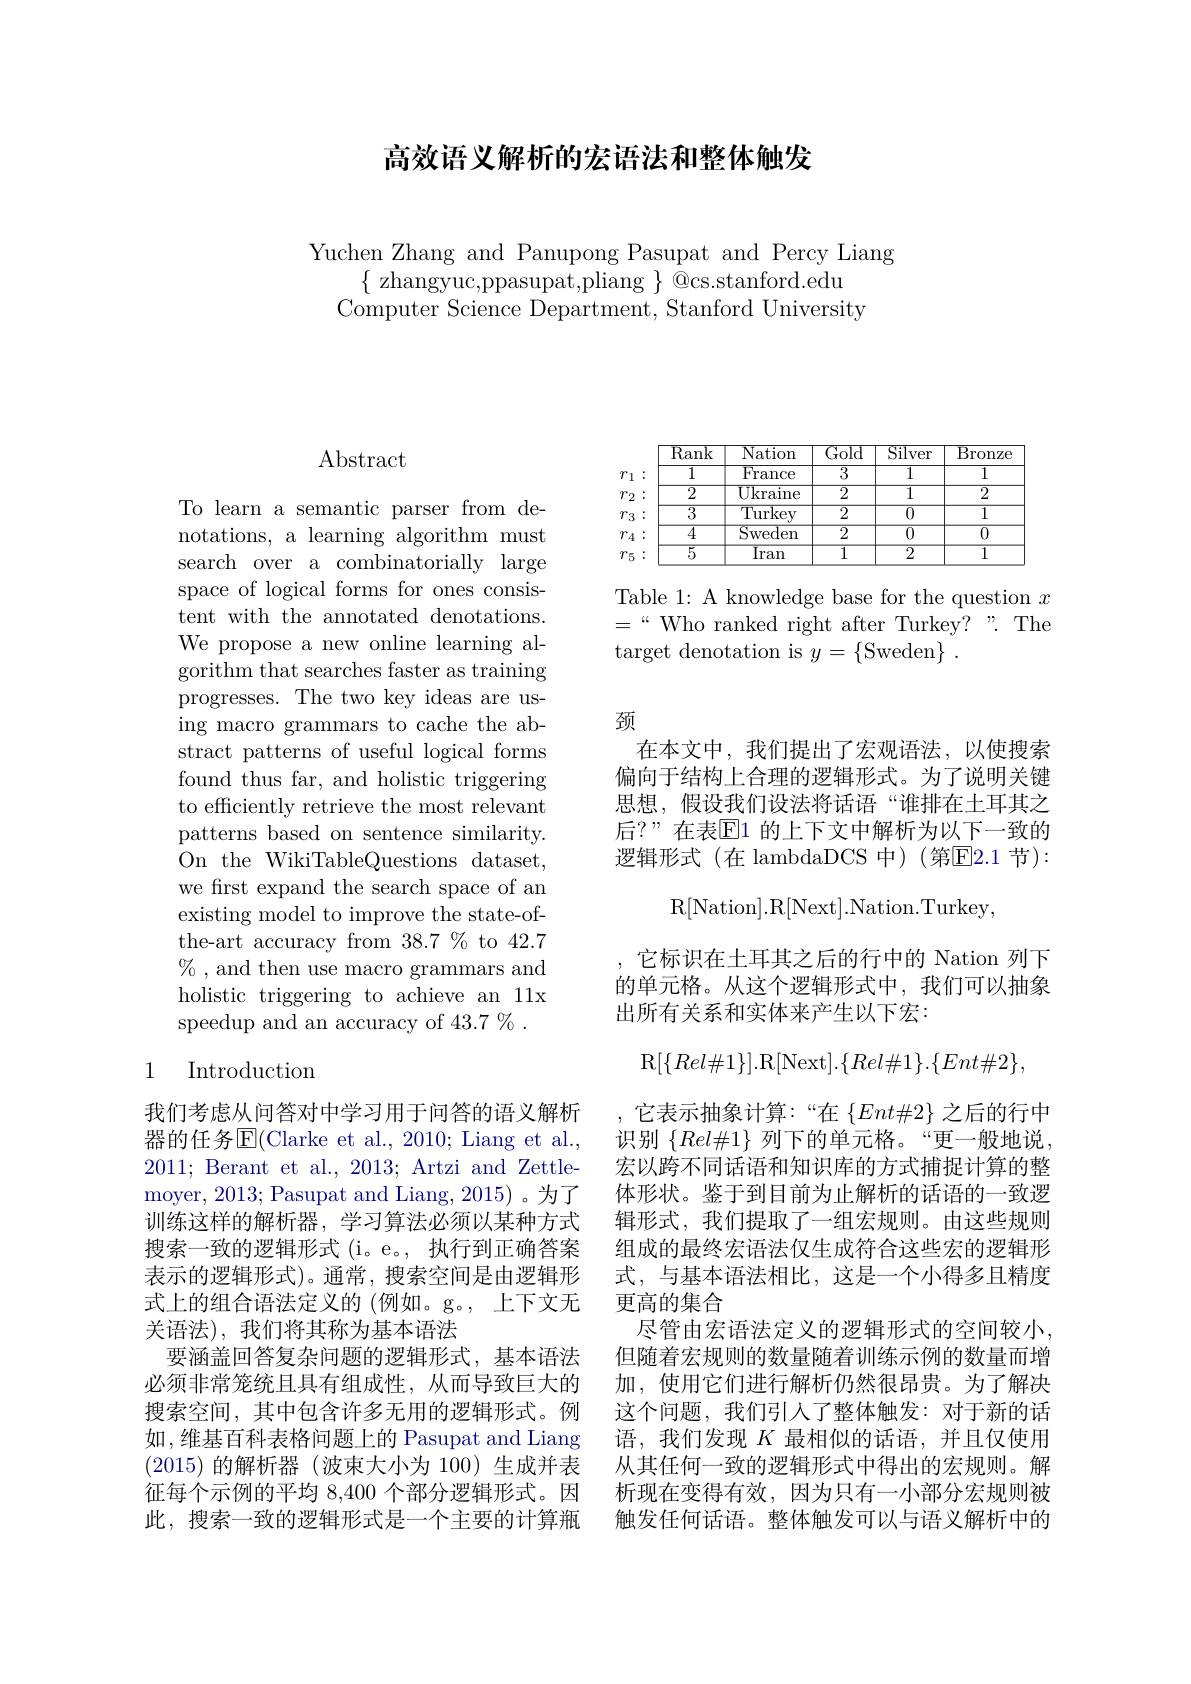
高效语义解析的宏语法和整体触发

Yuchen Zhang and Panupong Pasupat and Percy Liang
$\{$ zhangyuc,ppasupat,pliang $\}$ @cs.stanford.edu Computer Science Department, Stanford University

# Abstract

To learn a semantic parser from denotations, a learning algorithm must search over a combinatorially large space of logical forms for ones consistent with the annotated denotations. We propose a new online learning algorithm that searches faster as training progresses. The two key ideas are using macro grammars to cache the abstract patterns of useful logical forms found thus far, and holistic triggering to efficiently retrieve the most relevant patterns based on sentence similarity. On the WikiTableQuestions dataset, we first expand the search space of an existing model to improve the state-ofthe-art accuracy from 38.7% to 42.7 $\%$ , and then use macro grammars and holistic triggering to achieve an 11x speedup and an accuracy of 43.7 % .

## 1 Introduction

我们考虑从问答对中学习用于问答的语义解析器的任务$\overline{\mathrm{E}}($Clarke et al., 2010; Liang et al., 2011; Berant et al., 2013; Artzi and Zettle- ${\mathrm{moyer,~2013;~Pasupat~and~Liang,~2015)~。为了}}$ 训练这样的解析器，学习算法必须以某种方式搜索一致的逻辑形式( $i$。e。, 执行到正确答案表示的逻辑形式)。通常，搜索空间是由逻辑形式上的组合语法定义的(例如。g。, 上下文无关语法), 我们将其称为基本语法
要涵盖回答复杂问题的逻辑形式，基本语法必须非常笼统且具有组成性，从而导致巨大的搜索空间，其中包含许多无用的逻辑形式。例如，维基百科表格问题上的 Pasupat and Liang (2015)的解析器 (波束大小为 100)生成并表此，搜索一致的逻辑形式是一个主要的计算瓶

<table>
	<tbody>
		<tr>
			<th> </th>
			<th>$\overline{\mathrm{Ra}}$</th>
			<th>$\overline{{\mathrm{Nation}}}$</th>
			<th>$\overline{\mathrm{Gold}}$</th>
			<th>$\overline{\text{Silver}}$</th>
			<th>$\overline{{\mathrm{Bronze}}}$</th>
		</tr>
		<tr>
			<td>1</td>
			<td> </td>
			<td>$\overline{{\mathrm{France}}}$</td>
			<td>$\overline{3}$</td>
			<td>$\overline{1}$</td>
			<td>$\overline{1}$</td>
		</tr>
		<tr>
			<td>2</td>
			<td> </td>
			<td>$\overline{{\mathrm{Ukraine}}}$</td>
			<td>$\overline{2}$</td>
			<td>$\overline{1}$</td>
			<td>$\overline{2}$</td>
		</tr>
		<tr>
			<td>$'3$</td>
			<td> </td>
			<td>$\overline{{\mathrm{Turkey}}}$</td>
			<td>$\overline{2}$</td>
			<td>$\overline{0}$</td>
			<td>$\overline{1}$</td>
		</tr>
		<tr>
			<td>$\dot{4}$</td>
			<td> </td>
			<td>$\overline{{\mathrm{Sweden}}}$</td>
			<td>$\overline{2}$</td>
			<td>$\overline{0}$</td>
			<td>$\overline{0}$</td>
		</tr>
		<tr>
			<td>'5</td>
			<td> </td>
			<td>$\overline{\text{Iran}}$</td>
			<td>$\overline{1}$</td>
			<td>$\overline{2}$</td>
			<td>$\overline{1}$</td>
		</tr>
	</tbody>
</table>

Table 1: A knowledge base for the question $x$ $=“$Who ranked right after Turkey?”.The target denotation is $y=\{$Sweden$\}.$

颈

在本文中，我们提出了宏观语法，以使搜索偏向于结构上合理的逻辑形式。为了说明关键思想，假设我们设法将话语“谁排在土耳其之后？”在表$\mathbb{E}$1 的上下文中解析为以下一致的逻辑形式(在 lambdaDCS 中)(第☑2.1 节):
$$\mathrm{R[Nation].R[Next].Nation.Turkey,}$$
它标识在土耳其之后的行中的 Nation 列下的单元格。从这个逻辑形式中，我们可以抽象出所有关系和实体来产生以下宏：
$$\mathrm R[\{Rel\#1\}].\mathrm R[\mathrm Next].\{Rel\#1\}.\{Ent\#2\},$$
,它表示抽象计算：“在$\{Ent\#2\}$之后的行中识别$\{Rel\#1\}$列下的单元格。“更一般地说， 宏以跨不同话语和知识库的方式捕捉计算的整体形状。鉴于到目前为止解析的话语的一致逻辑形式，我们提取了一组宏规则。由这些规则组成的最终宏语法仅生成符合这些宏的逻辑形式，与基本语法相比，这是一个小得多且精度更高的集合
尽管由宏语法定义的逻辑形式的空间较小但随着宏规则的数量随着训练示例的数量而增加，使用它们进行解析仍然很昂贵。为了解决这个问题，我们引人了整体触发：对于新的话语，我们发现$K$最相似的话语，并且仅使用从其任何一致的逻辑形式中得出的宏规则。解
征每个示例的平均 8,400 个部分逻辑形式。因 析现在变得有效，因为只有一小部分宏规则被
触发任何话语。整体触发可以与语义解析中的